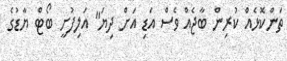
ތަންކޮޅެއް ކުރިން ބާޖެއް ވެސް އަޑި އަށް ދިޔަ" އަލިފުށީ ބޯޓް ޔާޑުގެ